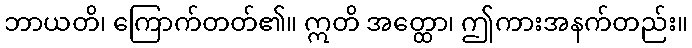
ဘာယတိ၊ ကြောက်တတ်၏။ ဣတိ အတ္ထော၊ ဤကားအနက်တည်း။